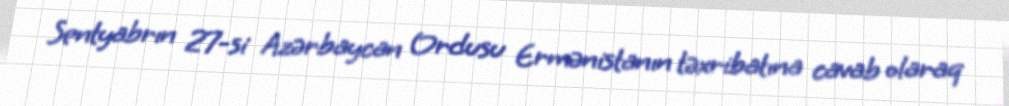
Sentyabrın 27-si Azərbaycan Ordusu Ermənistanın təxribatına cavab olaraq